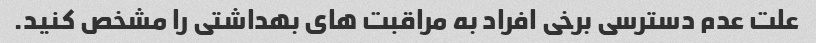
علت عدم دسترسی برخی افراد به مراقبت های بهداشتی را مشخص کنید.